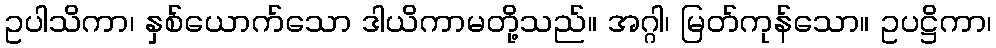
ဥပါသိကာ၊ နှစ်ယောက်သော ဒါယိကာမတို့သည်။ အဂ္ဂါ၊ မြတ်ကုန်သော။ ဥပဋ္ဌိကာ၊